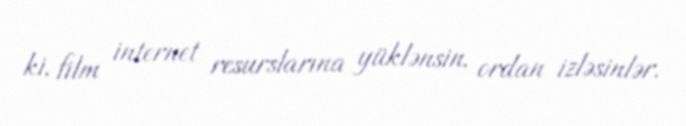
ki, film internet resurslarına yüklənsin, ordan izləsinlər.